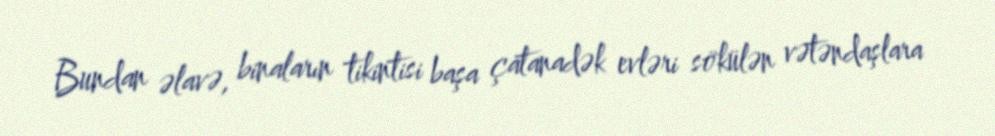
Bundan əlavə, binaların tikintisi başa çatanadək evləri sökülən vətəndaşlara